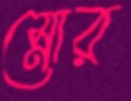
স্নোর